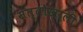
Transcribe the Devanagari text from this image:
सत्तोखाली